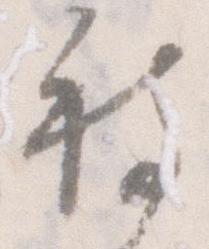
被